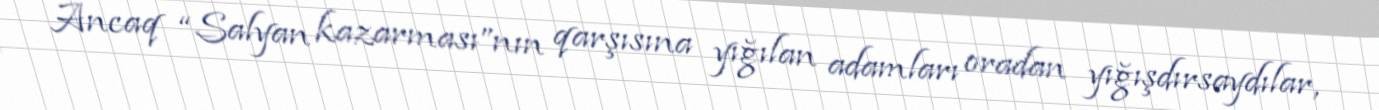
Ancaq “Salyan kazarması”nın qarşısına yığılan adamları oradan yığışdırsaydılar,